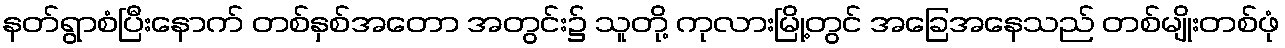
နတ်ရွာစံပြီးနောက် တစ်နှစ်အတော အတွင်း၌ သူတို့ ကုလားမြို့တွင် အခြေအနေသည် တစ်မျိုးတစ်ဖုံ